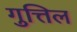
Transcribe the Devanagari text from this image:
गुत्तिल